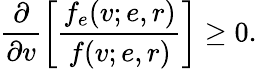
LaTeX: \frac{\partial}{\partial v}\left[\frac{f_{e}(v;e,r)}{f(v;e,r)}\right]\geq 0.